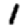
Digit: 1